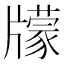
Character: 𤘁